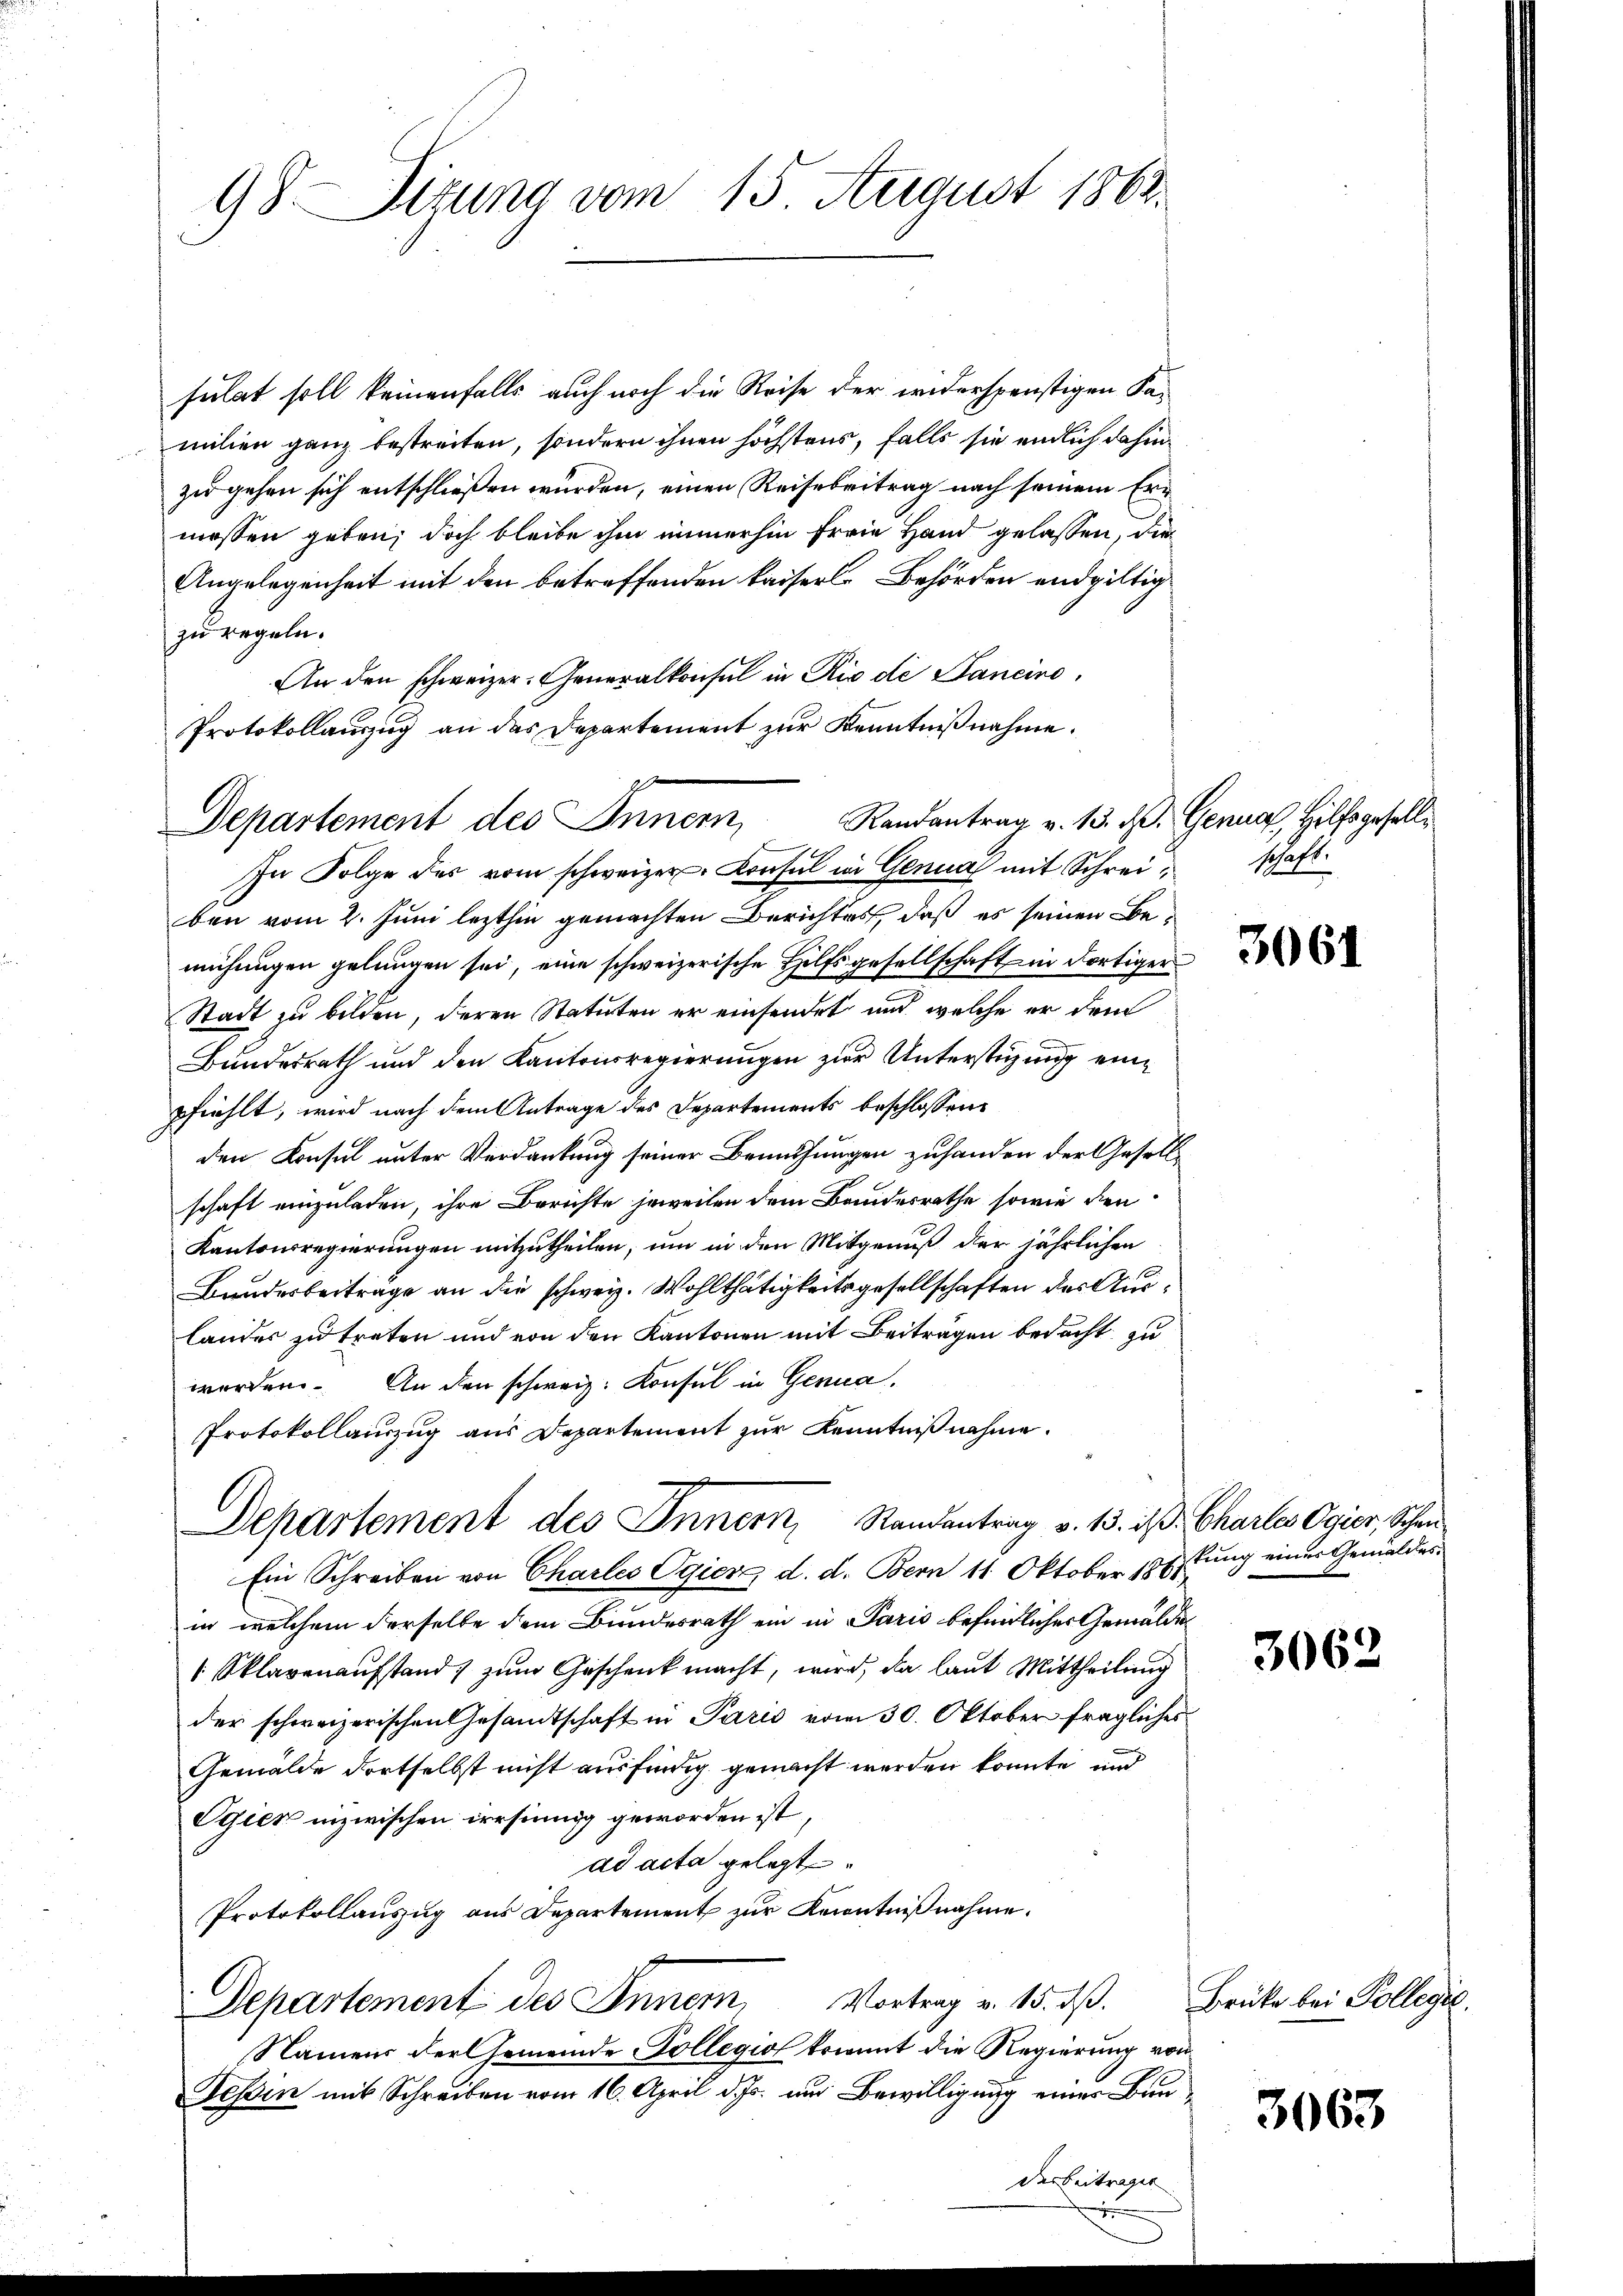
98. Sizung vom 15 August 1863.

sulat soll keinenfalls auch noch die Reise der widerspenstigen Samilien ganz bestreiten, sondern ihnen höchstens, falls sie endlich dahinzu gehen sich entschließen wurden, einen Reisebreitrag nach seinem Ermessen geben; doch bleibe ihm immerhin freie Hand gelassen, die
Angelegenheit mit den betreffenden kaiserl. Behörden endgültig
zu regeln.
An den schweizer. Generalkonsul in Rio de Janeiro
In Folge des vom schweizer Konsul in Genua mit Schrei schaft
ben vom 2. Juni lezthin gemachten Berichtes, daß es seinen Bemühungen gelungen sei, eine schweizerische Hilfsgesellschaft in dortiger
Stadt zu bilden, deren Statuten er einsendet und welche er dem
Bundesrath und den Kantonsregierungen zur Unterstüzung einpfiehlt, wird nach dem Antrage des Departements beschlossen:
den Konsul unter Verdankung seiner Bemuthungen zuhanden der Gesellschaft einzuladen, ihre Berichte jeweilen dem Bandesrathe sowie den
Kantonsregierungen mitzutheilen, um in den Mitgenuß der jährlichen
Bundesbeiträge an die schweiz. Wohlthätigkeitsgesellschaften des Auslandes zu treten und von den Kantonen mit Beiträgen bedacht zu
worden. An den schweiz. Konsul in Genua,
Protokollauszug aus Departement zur Kenntnißnahme.
Departement des Innern, Randantrag v. 13. ist. Charlos Ogior, Schen
Ein Schreiben von Charles Egierz d. d. Bern 11 Oktober 1861
in welchem derselbe dem Bundesrath ein in Paris befindlicher Gemälde
[Sklavenaufstand zum Geschenk macht, wird, da laut Mittheilung
der schweizerischen Gesandtschaft in Paris vom 30. Oktober fragliches
Gemälde dortselbst nicht ausfinnig gemacht werden könnte und
Ogien inzwischen irrsinnig geworden ist,
ad acta gelegt
Protokollauszug aus Departement zur Kenntnißnahme.
Departement des Inner, Vortrag v. 15. dß.
Namens der Gemeinde Pollegio kommt die Regierung von
Tessin mit Schreiben vom 16. April d. Js. und Bewilligung einer Bun¬

Protokollauszug an das Departement zur Kenntnißnahme.
Departement des Innern, Randantrag v. 15. d. Genua, Hilfsgesell¬

darbeiträger |

3061

kung eines Gemäldes

3062

3063

Brüke bei Pollegio.